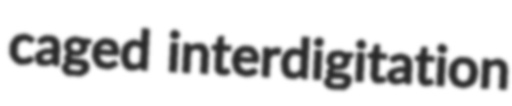
caged interdigitation